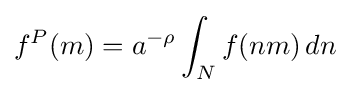
f^{P}(m)=a^{-\rho }\int _{N}f(nm)\,dn